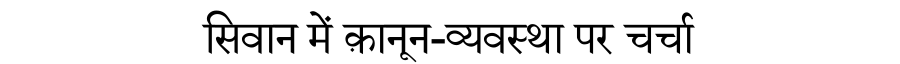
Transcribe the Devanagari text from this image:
सिवान में क़ानून-व्यवस्था पर चर्चा